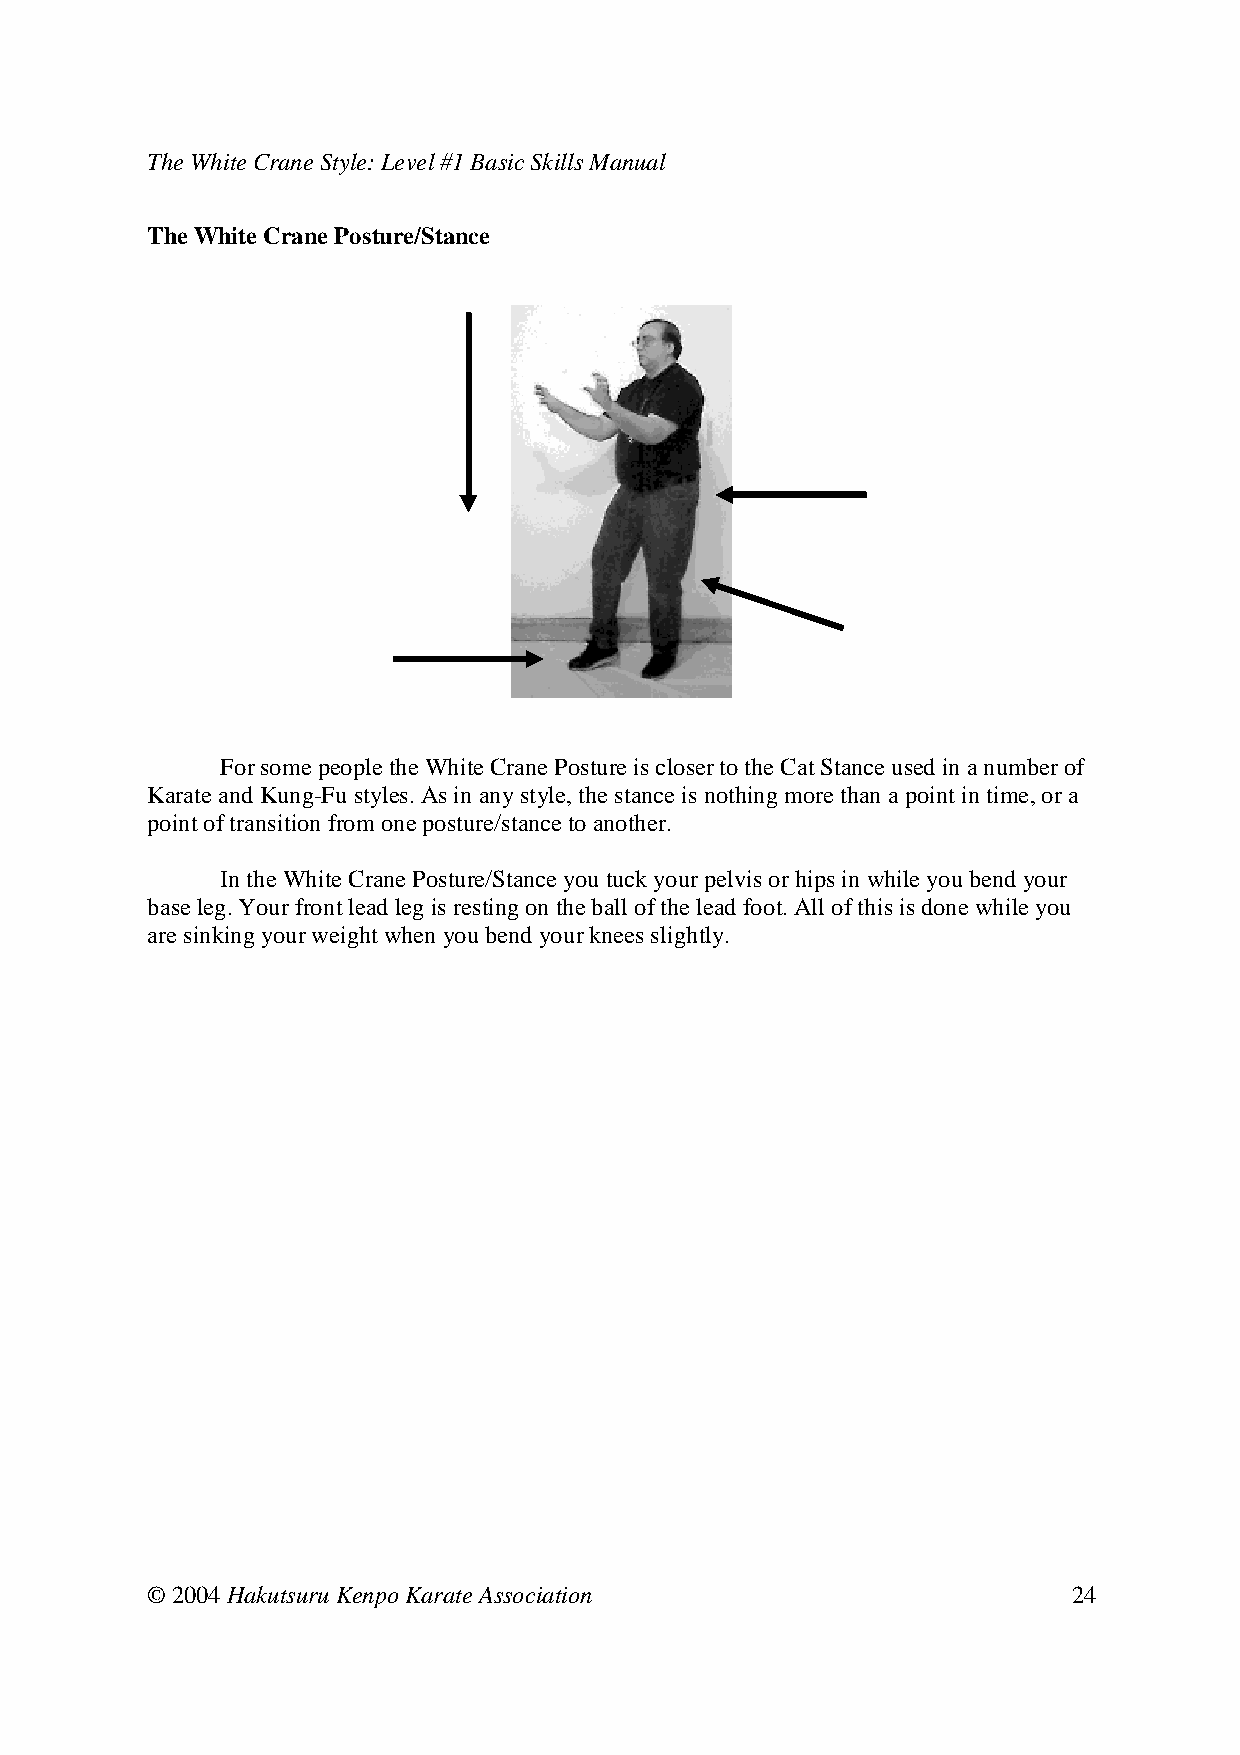
The White Crane Style: Level #1 Basic Skills Manual
 The White Crane Posture/Stance
 For some people the White Crane Posture is closer to the Cat Stance used in a number of
 Karate and Kung-Fu styles. As in any style, the stance is nothing more than a point in time, or a
 point of transition from one posture/stance to another.
 In the White Crane Posture/Stance you tuck your pelvis or hips in while you bend your
 base leg. Your front lead leg is resting on the ball of the lead foot. All of this is done while you
 are sinking your weight when you bend your knees slightly.
 © 2004 Hakutsuru Kenpo Karate Association                    24